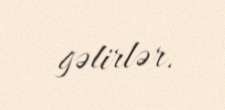
gəlirlər.